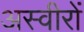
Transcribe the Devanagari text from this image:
अस्वीरों